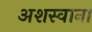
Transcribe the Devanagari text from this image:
अशस्वाना